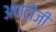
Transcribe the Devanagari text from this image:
अणदोजी